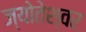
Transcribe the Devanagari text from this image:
ज्योतेश्वर